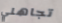
تجاهلي